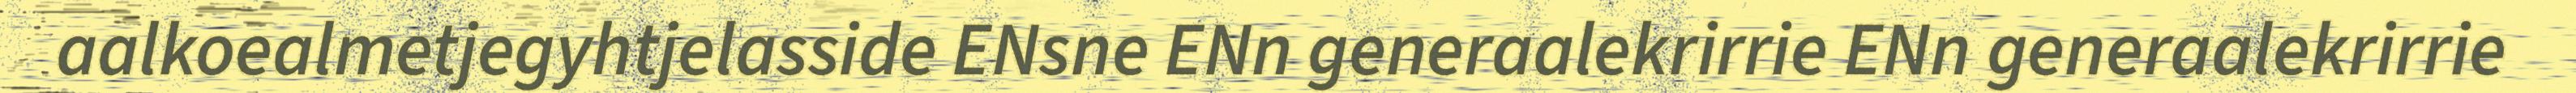
aalkoealmetjegyhtjelasside ENsne ENn generaalekrirrie ENn generaalekrirrie